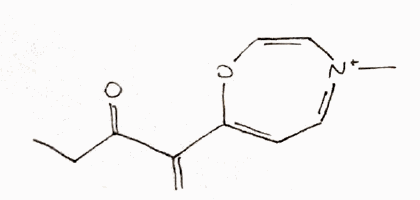
Simplified molecular-input line-entry system (SMILES) notation of the given molecule:
CCC(=O)C(=C)C1=CC=[N+](C=CO1)C